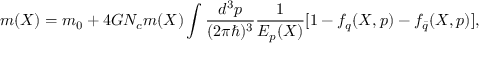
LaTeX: m ( X ) = m _ { 0 } + 4 G N _ { c } m ( X ) \int \frac { d ^ { 3 } p } { ( 2 \pi \hbar ) ^ { 3 } } \frac 1 { E _ { p } ( X ) } [ 1 - f _ { q } ( X , p ) - f _ { \bar { q } } ( X , p ) ] ,